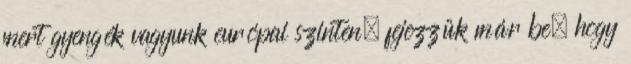
mert gyengék vagyunk európai szinten. fejezzük már be, hogy